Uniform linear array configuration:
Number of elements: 32
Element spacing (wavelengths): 0.5
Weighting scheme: binomial
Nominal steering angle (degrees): -15
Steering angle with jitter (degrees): -15.854
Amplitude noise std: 0.05
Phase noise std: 0.05

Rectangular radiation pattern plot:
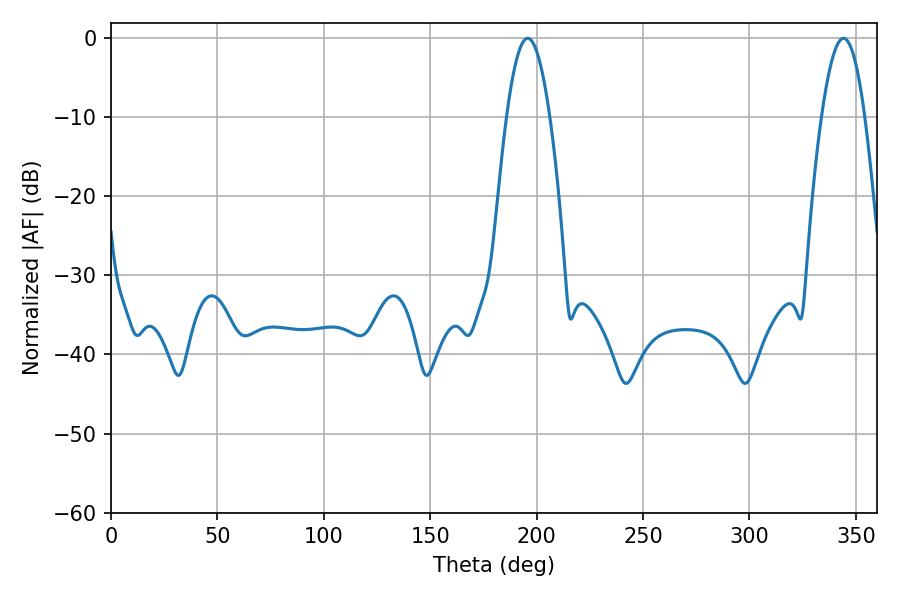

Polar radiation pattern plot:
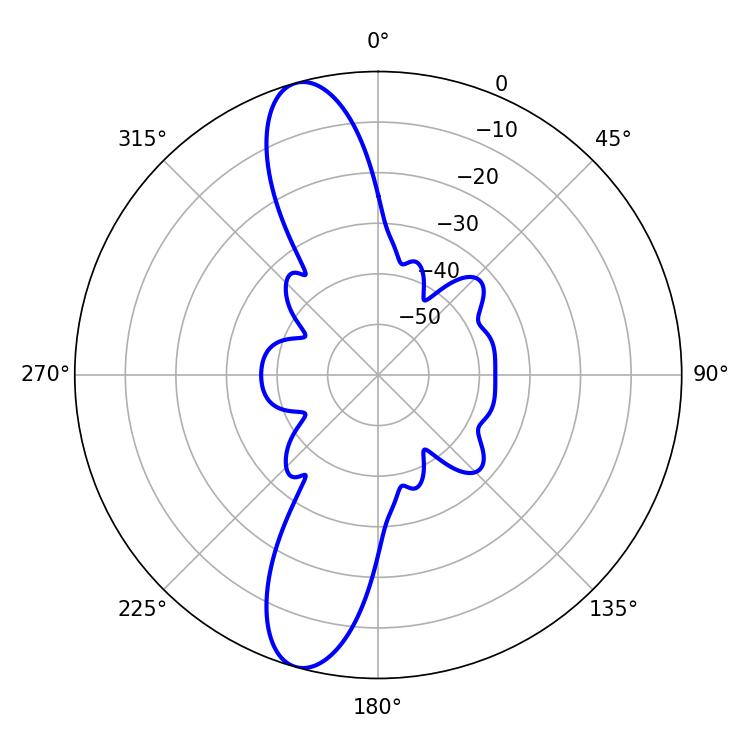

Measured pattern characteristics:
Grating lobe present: FALSE
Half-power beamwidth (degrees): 11.16
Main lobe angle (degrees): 195.84